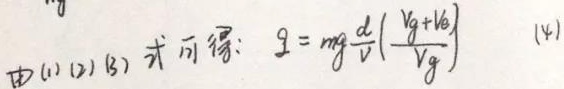
由(1)(2)(3) 式可得： \(q = mg\frac{d}{V}(\frac{V_{g}+V_{e}}{V_{g}})\)  (4)